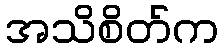
အသိစိတ်က